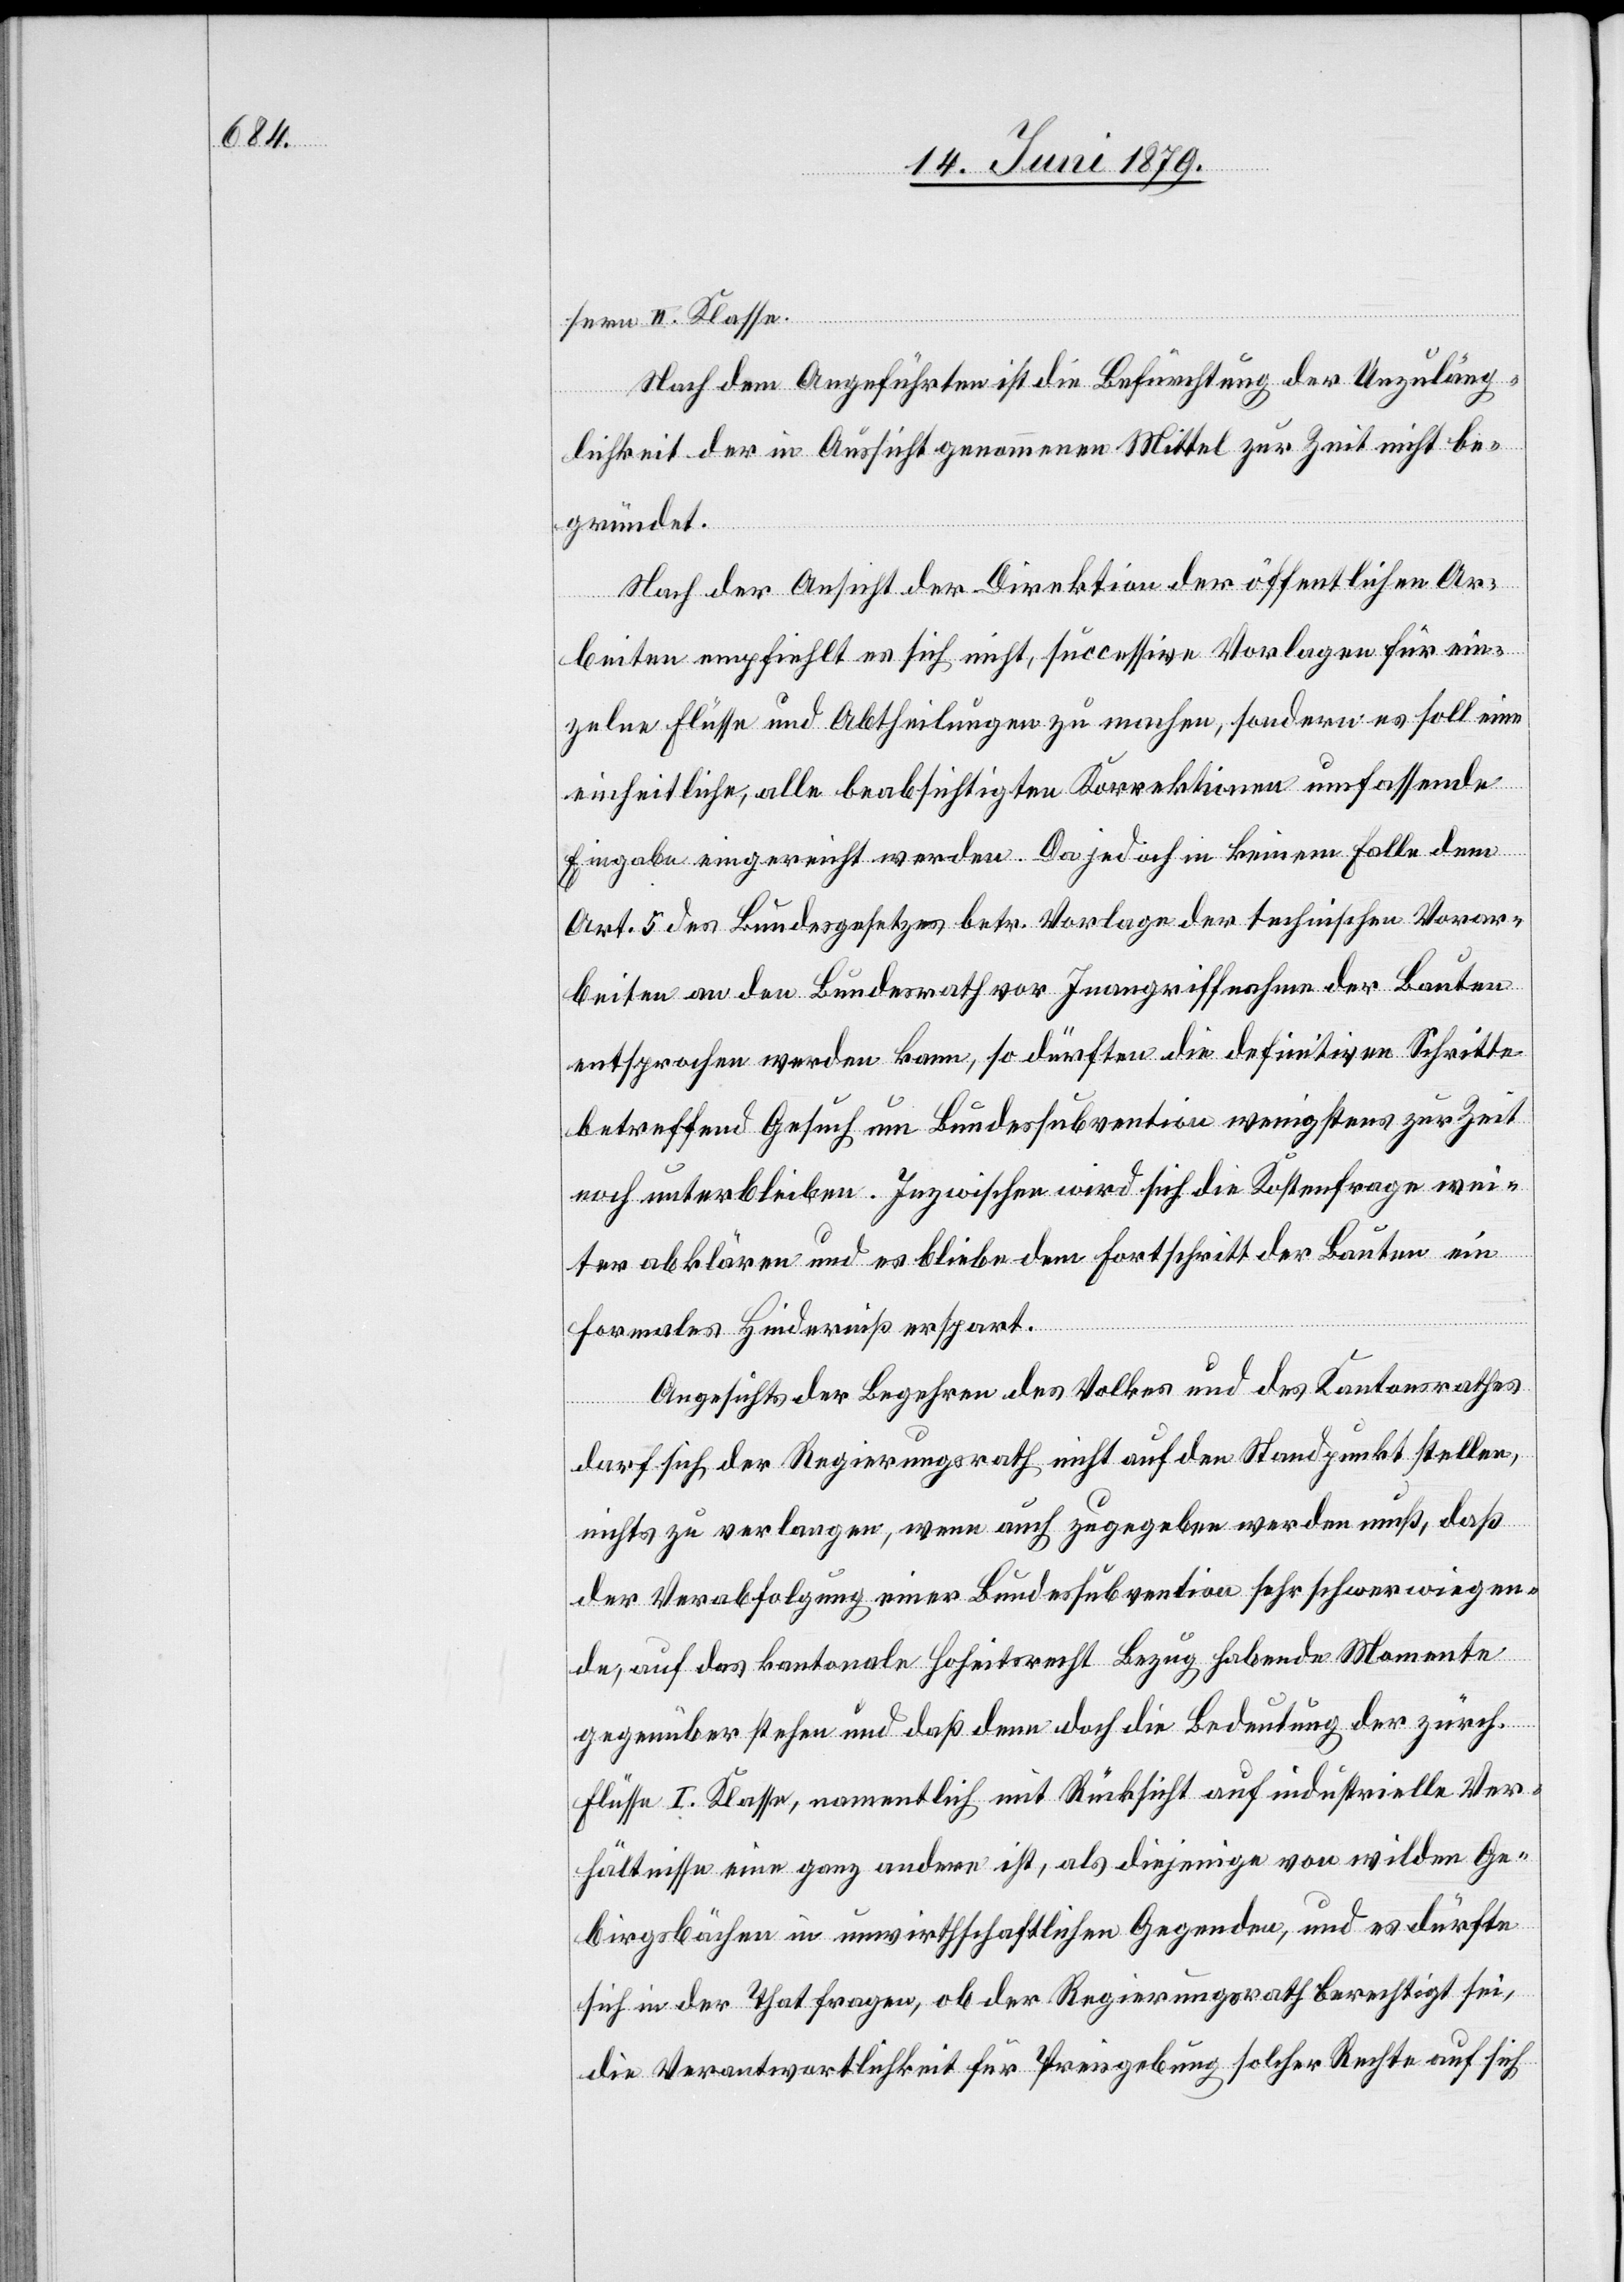
sern II. Klasse.
Nach dem Angeführten ist die Befürchtung der Unzuläng¬
lichkeit der in Aussicht genommenen Mittel zur Zeit nicht be¬
gründet.
Nach der Ansicht der Direktion der öffentlichen Ar¬
beiten empfiehlt es sich nicht, successive Vorlagen für ein¬
zelne Flüsse und Abtheilungen zu machen, sondern es soll eine
einheitliche, alle beabsichtigten Korrektionen umfassende
Eingabe eingereicht werden. Da jedoch in keinem Falle dem
Art. 5 des Bundesgesetzes betr. Vorlage der technischen Vorar¬
beiten an den Bundesrath vor Inangriffnahme der Bauten
entsprochen werden kann, so dürften die definitiven Schritte
betreffend Gesuch um Bundessubvention wenigstens zur Zeit
noch unterbleiben. Inzwischen wird sich die Kostenfrage wei¬
ter abklären und es bliebe dem Fortschritt der Bauten ein
formales Hinderniß erspart.
Angesichts der Begehren des Volkes und des Kantonsrathes
darf sich der Regierungsrath nicht auf den Standpunkt stellen,
nichts zu verlangen, wenn auch zugegeben werden muß, daß
der Verabfolgung einer Bundessubvention sehr schwerwiegen¬
de, auf das kantonale Hoheitsrecht Bezug habende Momente
gegenüber stehen und daß denn doch die Bedeutung der zürch.
Flüsse I. Klasse, namentlich mit Rücksicht auf industrielle Ver¬
hältnisse eine ganz andere ist, als diejenige von wilden Ge¬
birgsbächen in unwirthschaftlichen Gegenden, und es dürfte
sich in der That fragen, ob der Regierungsrath berechtigt sei,
die Verantwortlichkeit für Preisgebung solcher Rechte auf sich